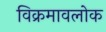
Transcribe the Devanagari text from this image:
विक्रमावलोक